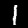
Label: 1